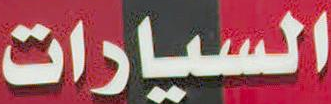
السيارات